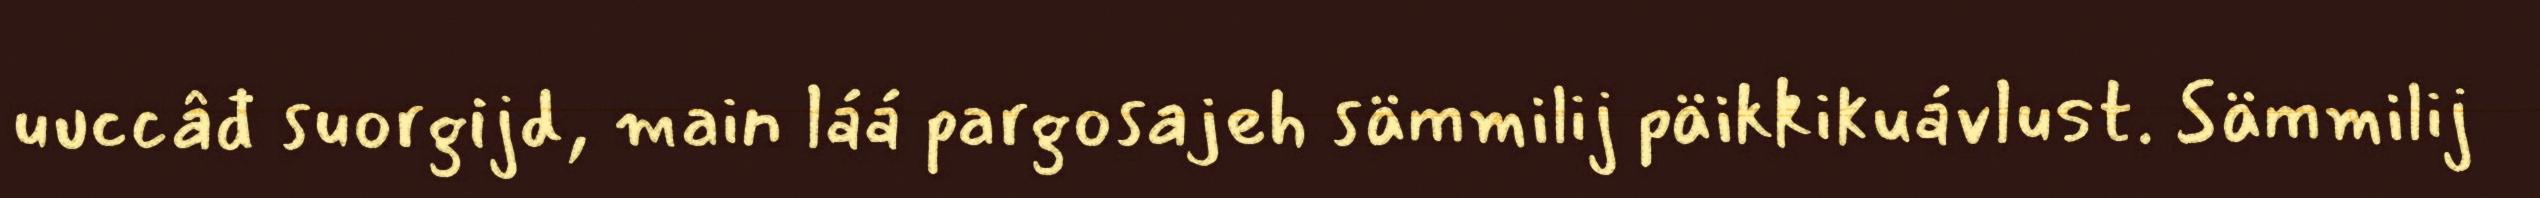
uuccâđ suorgijd, main láá pargosajeh sämmilij päikkikuávlust. Sämmilij